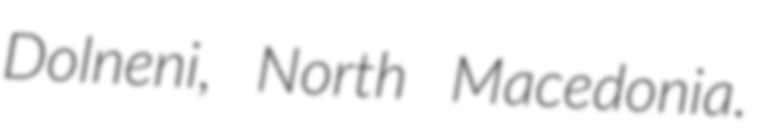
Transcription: Dolneni, North Macedonia.